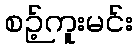
စဉ့်ကူးမင်း